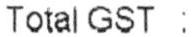
TOTAL GST :